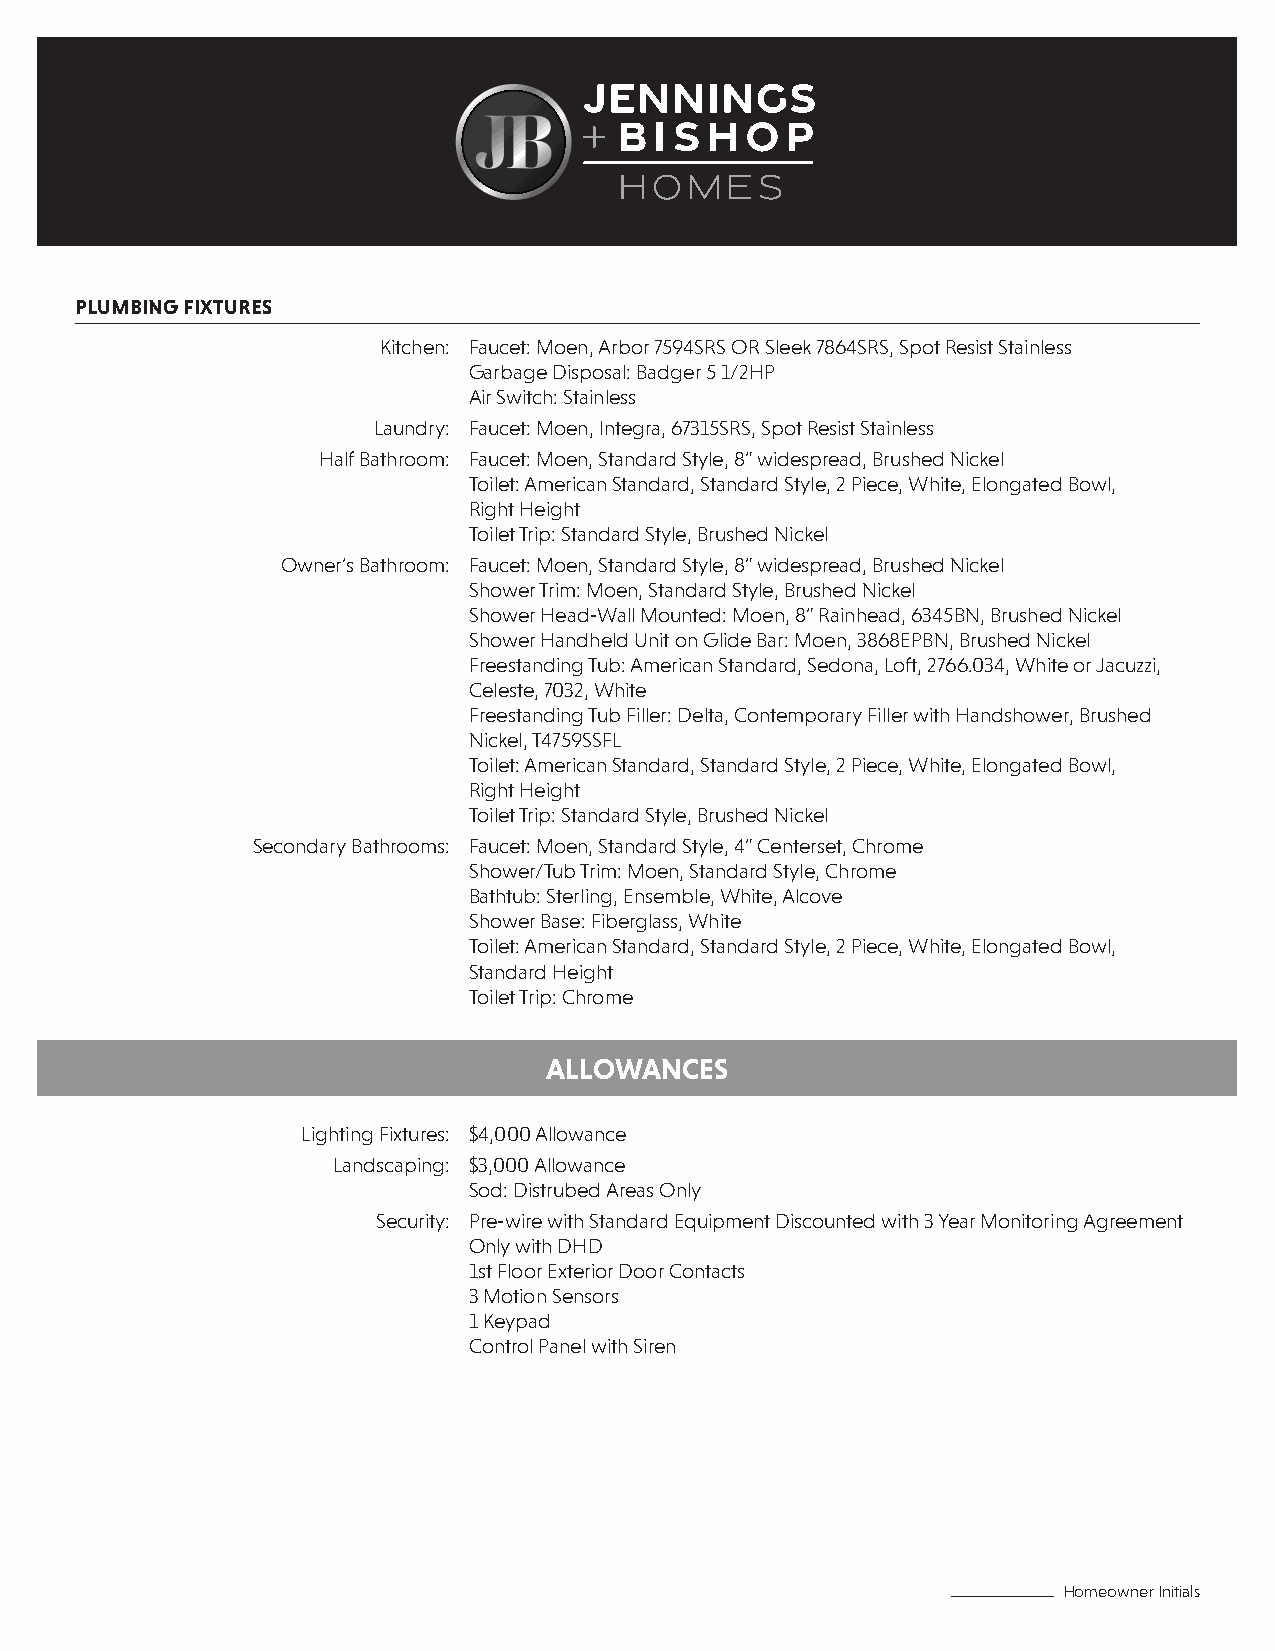
PLUMBING FIXTURES
 Kitchen: Faucet: Moen, Arbor 7594SRS OR Sleek 7864SRS, Spot Resist Stainless
 Garbage Disposal: Badger 5 1/2HP
 Air Switch: Stainless
 Laundry: Faucet: Moen, Integra, 67315SRS, Spot Resist Stainless
 Half Bathroom: Faucet: Moen, Standard Style, 8” widespread, Brushed Nickel
 Toilet: American Standard, Standard Style, 2 Piece, White, Elongated Bowl,
 Right Height
 Toilet Trip: Standard Style, Brushed Nickel
 Owner’s Bathroom: Faucet: Moen, Standard Style, 8” widespread, Brushed Nickel
 Shower Trim: Moen, Standard Style, Brushed Nickel
 Shower Head-Wall Mounted: Moen, 8” Rainhead, 6345BN, Brushed Nickel
 Shower Handheld Unit on Glide Bar: Moen, 3868EPBN, Brushed Nickel
 Freestanding Tub: American Standard, Sedona, Loft, 2766.034, White or Jacuzzi,
 Celeste, 7032, White
 Freestanding Tub Filler: Delta, Contemporary Filler with Handshower, Brushed
 Nickel, T4759SSFL
 Toilet: American Standard, Standard Style, 2 Piece, White, Elongated Bowl,
 Right Height
 Toilet Trip: Standard Style, Brushed Nickel
 Secondary Bathrooms: Faucet: Moen, Standard Style, 4” Centerset, Chrome
 Shower/Tub Trim: Moen, Standard Style, Chrome
 Bathtub: Sterling, Ensemble, White, Alcove
 Shower Base: Fiberglass, White
 Toilet: American Standard, Standard Style, 2 Piece, White, Elongated Bowl,
 Standard Height
 Toilet Trip: Chrome
 ALLOWANCES
 Lighting Fixtures: $4,000 Allowance
 Landscaping: $3,000 Allowance
 Sod: Distrubed Areas Only
 Security: Pre-wire with Standard Equipment Discounted with 3 Year Monitoring Agreement
 Only with DHD
 1st Floor Exterior Door Contacts
 3 Motion Sensors
 1 Keypad
 Control Panel with Siren
 Homeowner Initials